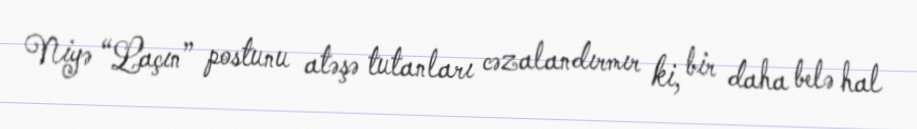
Niyə “Laçın” postunu atəşə tutanları cəzalandırmır ki, bir daha belə hal